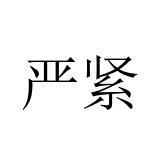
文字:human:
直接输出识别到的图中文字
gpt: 严紧